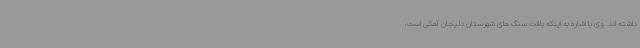
داشته اند. وی با اشاره به اینکه بافت سنگ های شهرستان دلیجان آهکی است،